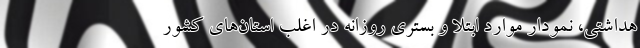
هداشتی، نمودار موارد ابتلا ‌و بستری روزانه در اغلب استان‌های کشور